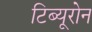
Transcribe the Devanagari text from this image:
टिब्यूरोन